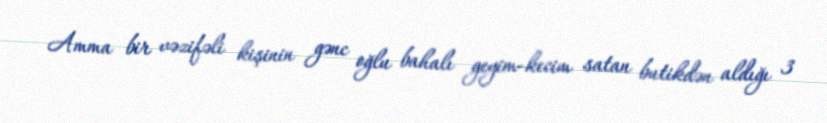
Amma bir vəzifəli kişinin gənc oğlu bahalı geyim-kecim satan butikdən aldığı 3